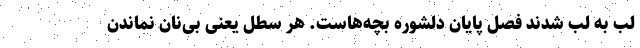
لب‌ به ‌لب شدند فصل پایان دلشوره بچه‌هاست. هر سطل یعنی بی‌نان نماندن